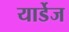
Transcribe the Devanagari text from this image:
यार्डेज